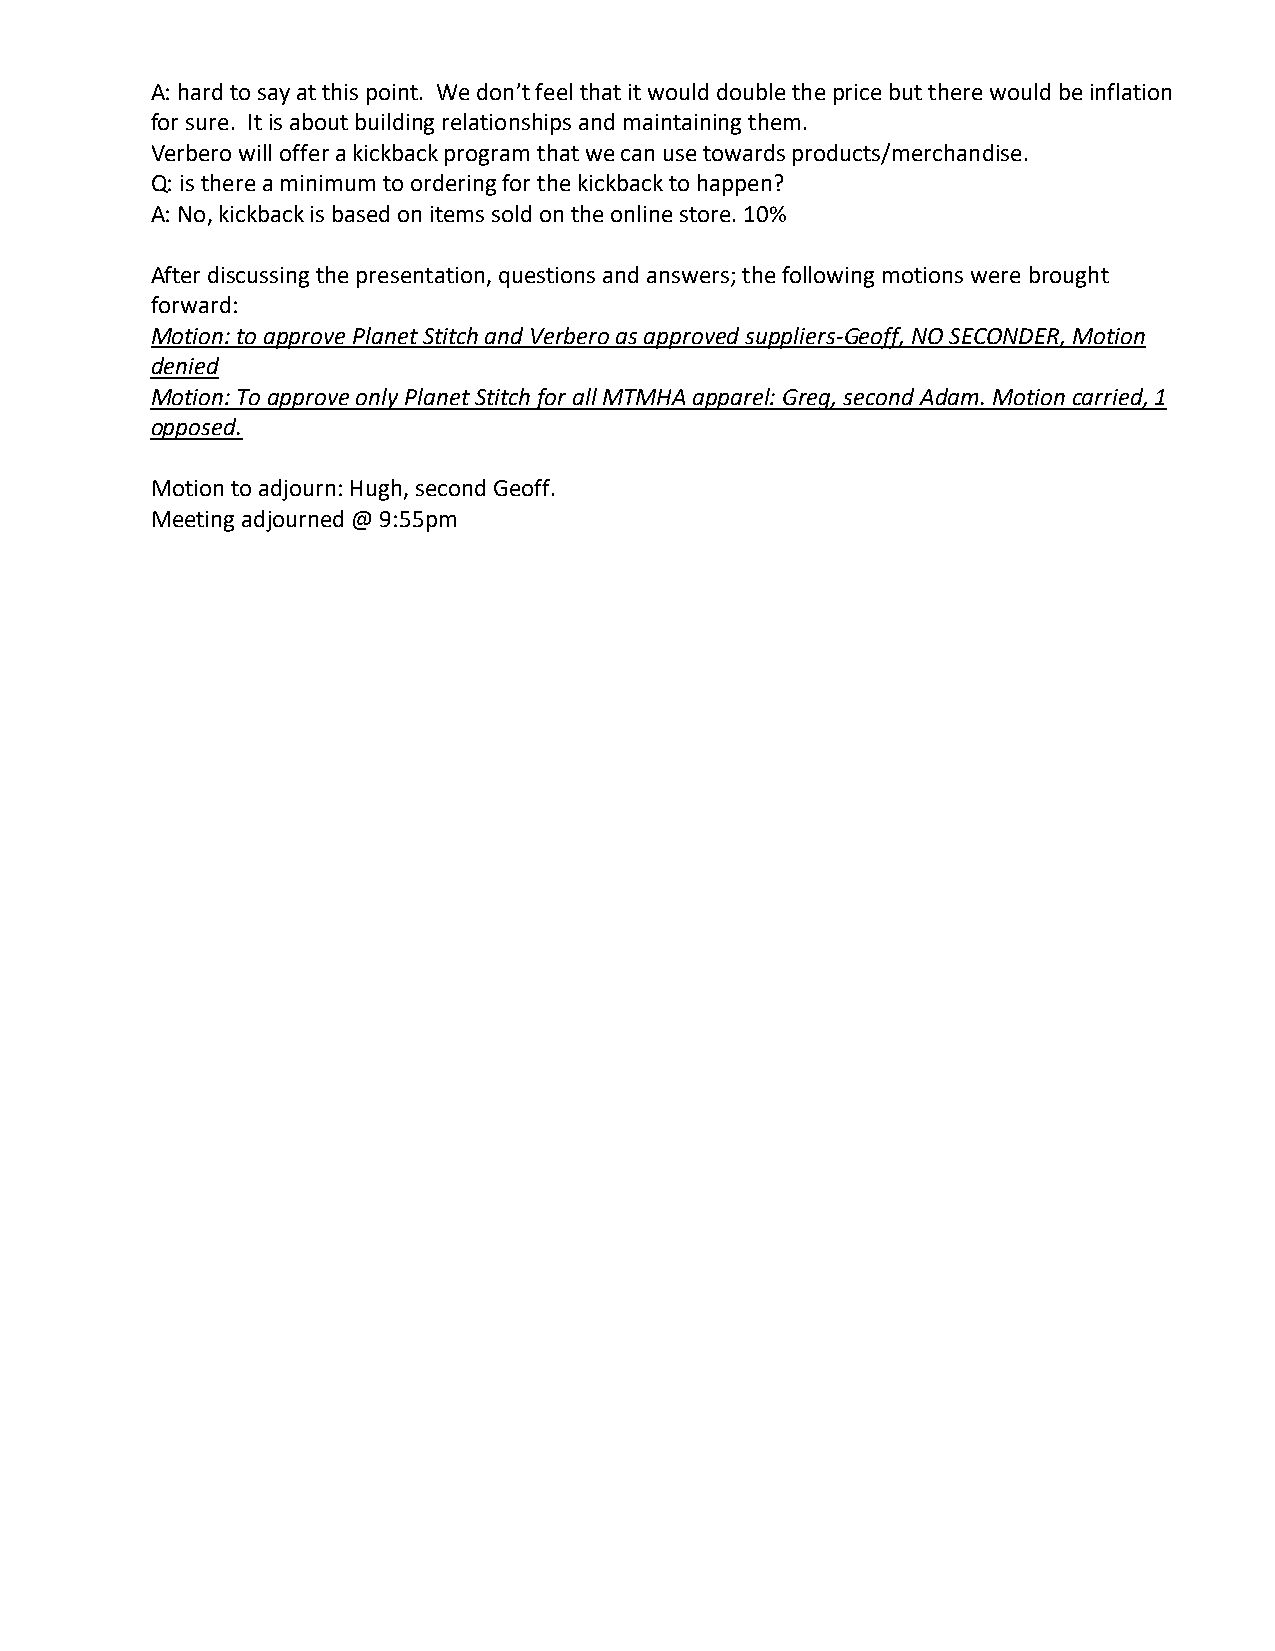
A: hard to say at this point. We don’t feel that it would double the price but there would be inflation
 for sure. It is about building relationships and maintaining them.
 Verbero will offer a kickback program that we can use towards products/merchandise.
 Q: is there a minimum to ordering for the kickback to happen?
 A: No, kickback is based on items sold on the online store. 10%
 After discussing the presentation, questions and answers; the following motions were brought
 forward:
 Motion: to approve Planet Stitch and Verbero as approved suppliers-Geoff, NO SECONDER, Motion
 denied
 Motion: To approve only Planet Stitch for all MTMHA apparel: Greg, second Adam. Motion carried, 1
 opposed.
 Motion to adjourn: Hugh, second Geoff.
 Meeting adjourned @ 9:55pm